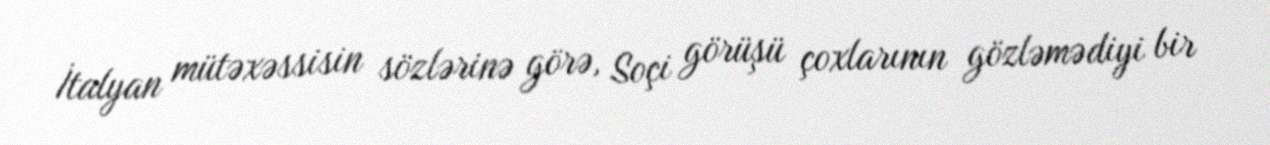
İtalyan mütəxəssisin sözlərinə görə, Soçi görüşü çoxlarının gözləmədiyi bir